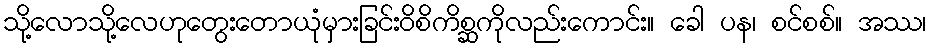
သို့လောသို့လေဟုတွေးတောယုံမှားခြင်းဝိစိကိစ္ဆကိုလည်းကောင်း။ ခေါ ပန၊ စင်စစ်။ အဿ၊